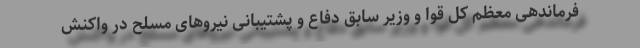
فرماندهی معظم کل قوا و وزیر سابق دفاع و پشتیبانی نیروهای مسلح در واکنش